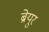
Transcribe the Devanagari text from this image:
ब्रेयुर